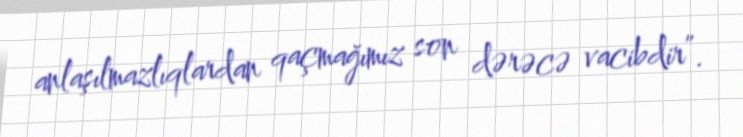
anlaşılmazlıqlardan qaçmağımız son dərəcə vacibdir”.